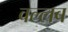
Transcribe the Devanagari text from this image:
वल्लब